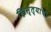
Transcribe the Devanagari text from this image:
ख्रिस्त्यांची